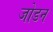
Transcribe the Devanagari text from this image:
जोडन